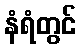
နံရံတွင်